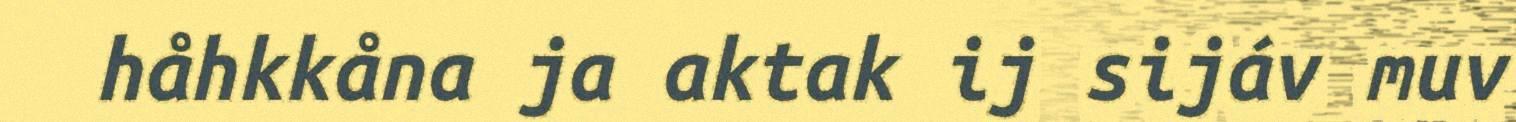
håhkkåna ja aktak ij sijáv muv